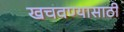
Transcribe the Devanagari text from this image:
खचवण्यासाठी